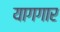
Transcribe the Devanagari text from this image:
यागगार